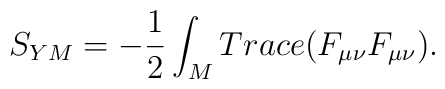
S_{YM}=-\frac{1}{2}\int_{M} Trace(F_{\mu \nu} F_{\mu \nu}).